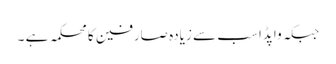
جبکہ واپڈا سب سے زیادہ صارفین کا محکمہ ہے ۔